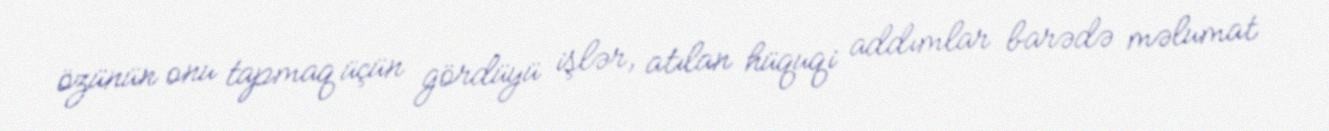
özünün onu tapmaq üçün gördüyü işlər, atılan hüquqi addımlar barədə məlumat